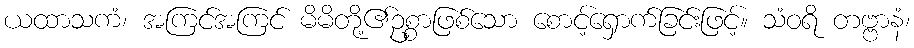
ယထာသကံ၊ အကြင်အကြင် မိမိတို့၏ဥစ္စာဖြစ်သော စောင့်ရှောက်ခြင်းဖြင့်။ သံဝရိ တဗ္ဗာနံ၊